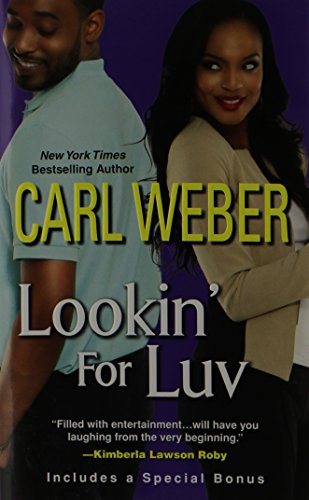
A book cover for Lookin' For Luv (A Man's World Series); Carl Weber; Romance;